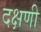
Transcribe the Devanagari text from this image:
दक्षणी